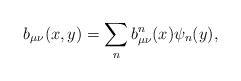
\begin{align*}b_{\mu\nu}(x,y) = \sum_n b^n_{\mu\nu}(x) \psi_n(y),\end{align*}